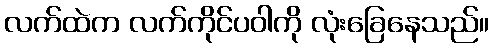
လက်ထဲက လက်ကိုင်ပဝါကို လုံးခြေနေသည်။